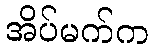
အိပ်မက်က